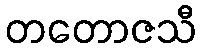
တတောဇသီ